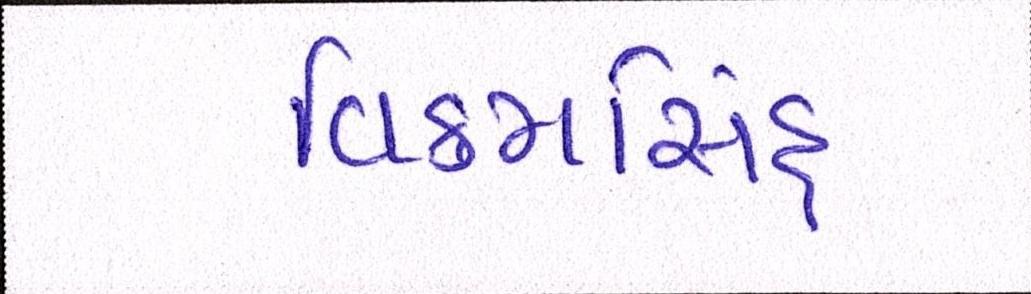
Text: વિક્રમસિંહ